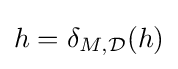
h=\delta _{M,{\mathcal {D}}}(h)